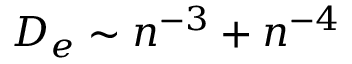
D _ { e } \sim n ^ { - 3 } + n ^ { - 4 }